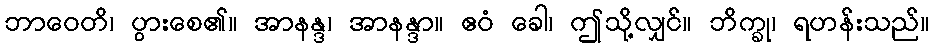
ဘာဝေတိ၊ ပွားစေ၏။ အာနန္ဒ၊ အာနန္ဒာ။ ဧဝံ ခေါ၊ ဤသို့လျှင်။ ဘိက္ခု၊ ရဟန်းသည်။